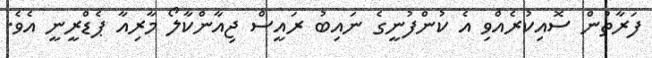
ފަރާތުން ސޮއިކުރެއްވި އެ ކުންފުނީގެ ނައިބު ރައީސް ޖިއާންކާލޯ މާރިއާ ޕެޑްރީނީ އެވެ.